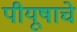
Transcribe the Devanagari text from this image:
पीयूषाचे